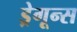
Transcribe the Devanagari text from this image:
ड्रेगून्स